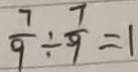
\frac { 7 } { 9 } \div \frac { 7 } { 9 } = 1